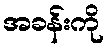
အခန်းကို